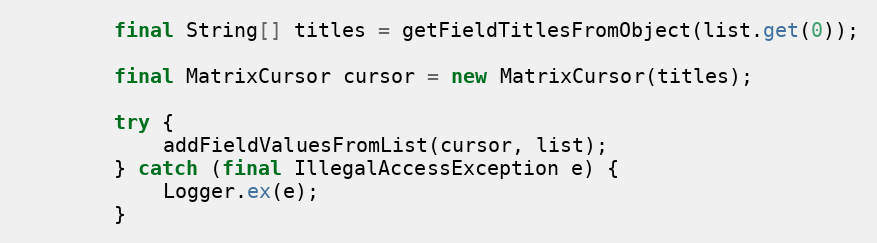
Language: Java
        final String[] titles = getFieldTitlesFromObject(list.get(0));

        final MatrixCursor cursor = new MatrixCursor(titles);

        try {
            addFieldValuesFromList(cursor, list);
        } catch (final IllegalAccessException e) {
            Logger.ex(e);
        }